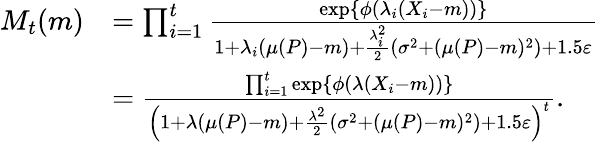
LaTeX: \begin{array}{rl}{M_{t}(m)}&{=\prod_{i=1}^{t}\frac{\exp\{ \phi(\lambda_{i}(X_{i}-m))\} }{1+\lambda_{i}(\mu(P)-m)+\frac{\lambda_{i}^{2}}{2}\left(\sigma^{2}+(\mu(P)-m)^{2}\right)+1.5\varepsilon}}\\ &{=\frac{\prod_{i=1}^{t}\exp\{ \phi(\lambda(X_{i}-m))\} }{\left(1+\lambda(\mu(P)-m)+\frac{\lambda^{2}}{2}\left(\sigma^{2}+(\mu(P)-m)^{2}\right)+1.5\varepsilon\right)^{t}}.}\end{array}